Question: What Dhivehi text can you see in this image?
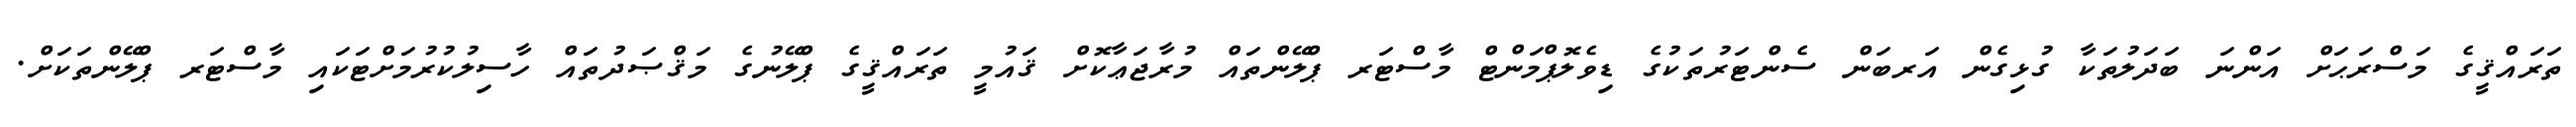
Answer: ތަރައްޤީގެ މަސްރަޙަށް އަންނަ ބަދަލުތަކާ ގުޅިގެން އަރބަން ސެންޓަރުތަކުގެ ޑިވެލޮޕްމަންޓް މާސްޓަރ ޕްލޭންތައް މުރާޖަޢާކޮށް ޤައުމީ ތަރައްޤީގެ ޕްލޭނުގެ މަޤްޞަދުތައް ހާސިލުކުރުމަށްޓަކައި މާސްޓަރ ޕްލޭންތަކަށް.